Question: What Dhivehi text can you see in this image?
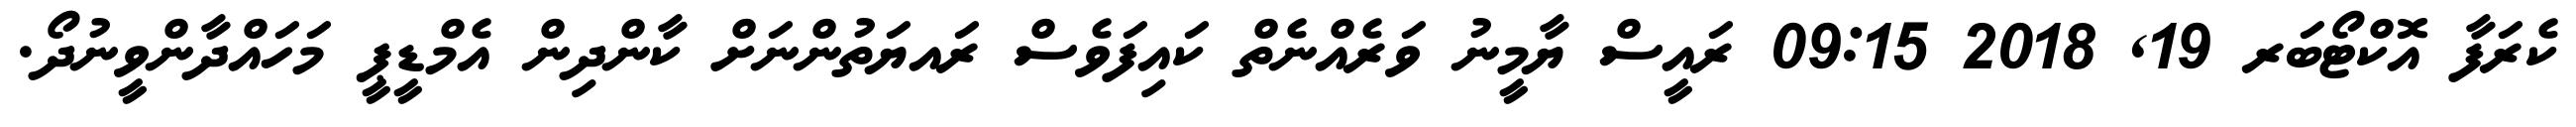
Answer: ކެރަފާ އޮކްޓޯބަރ 19, 2018 09:15 ރައީސް ޔާމީނު ވަރެއްނެތް ކައިފަވެސް ރައޔަތުންނަށް ކާންދިން އެމްޑީޕީ މަހައްދާންވީނުދޯ.